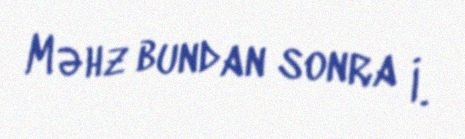
Məhz bundan sonra İ.